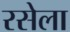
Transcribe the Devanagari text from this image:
रसेला